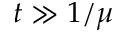
t \gg 1 / \mu